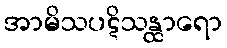
အာမိသပဋိသန္ထာရော